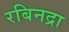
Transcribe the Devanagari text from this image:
रबिनद्रा